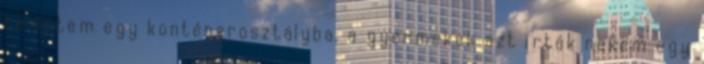
beléptem egy konténerosztályba, a gyermekek azt írták nekem egy